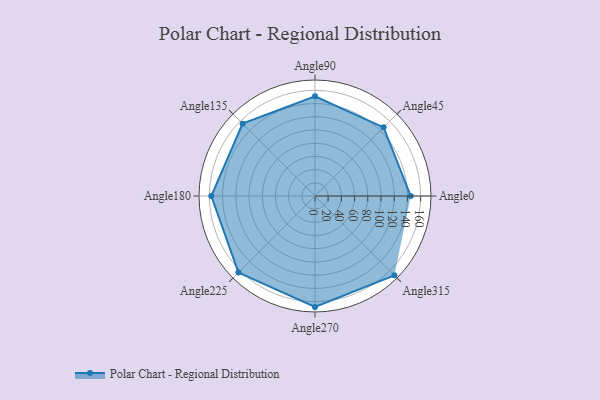
{"axis": {"x": "Angle", "y": "Radius"}, "legend": [""], "data": [{"x": "Angle0", "y": 145.0, "type": ""}, {"x": "Angle45", "y": 147.0, "type": ""}, {"x": "Angle90", "y": 151.0, "type": ""}, {"x": "Angle135", "y": 155.0, "type": ""}, {"x": "Angle180", "y": 157.0, "type": ""}, {"x": "Angle225", "y": 164.0, "type": ""}, {"x": "Angle270", "y": 168.0, "type": ""}, {"x": "Angle315", "y": 170, "type": ""}]}